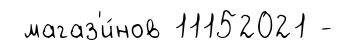
магаз'и́нов 11152021 -